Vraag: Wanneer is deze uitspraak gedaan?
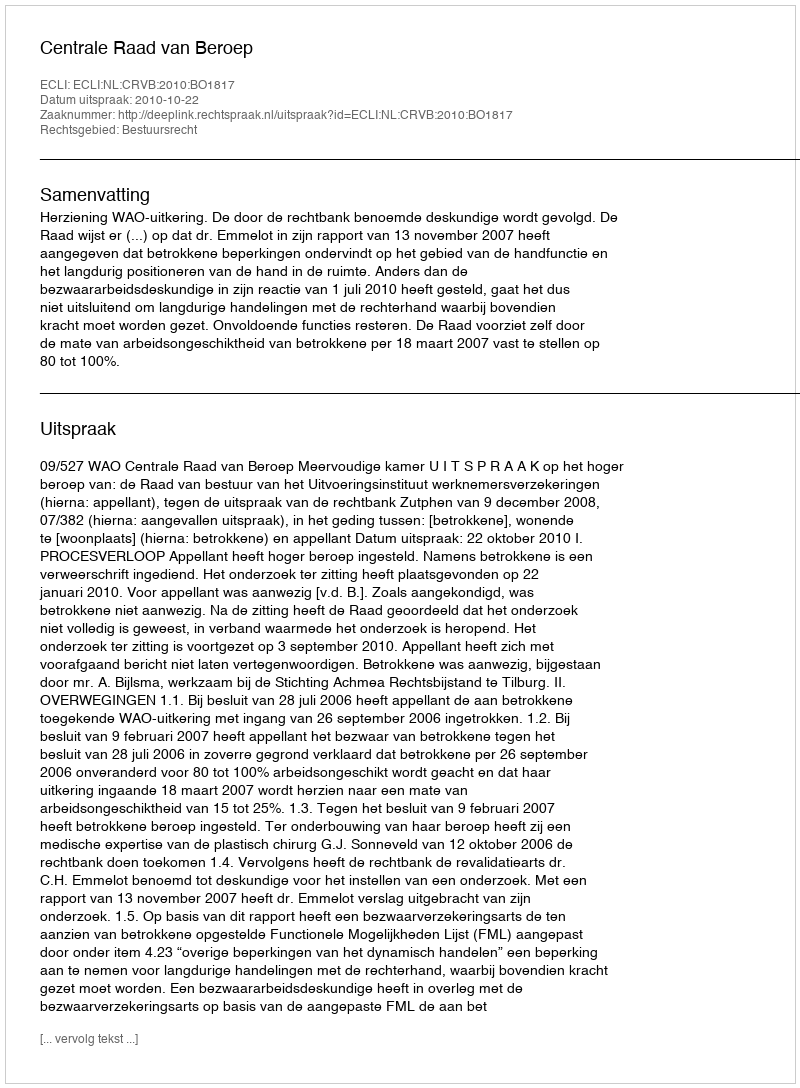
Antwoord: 2010-10-22